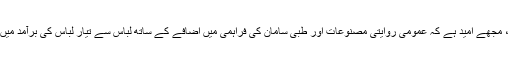
جولائی تک ، مجھے امید ہے کہ عمومی روایتی مصنوعات اور طبی سامان کی فراہمی میں اضافے کے ساتھ لباس سے تیار لباس کی برآمد میں اضافہ ہوگا۔